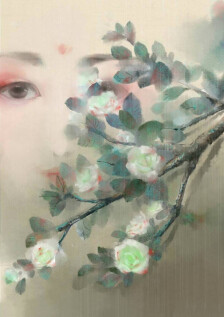
晓风不散愁千点，宿雨还添泪一痕。